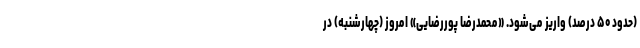
(حدود ۵۰ درصد) واریز می‌شود. «محمدرضا پوررضایی» امروز (چهارشنبه) در